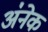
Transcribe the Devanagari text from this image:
अ॑नेक